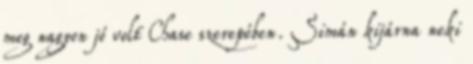
meg nagyon jó volt Chase szerepében. Simán kijárna neki